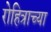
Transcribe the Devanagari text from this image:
रोहित्राच्या